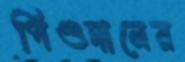
পিণ্ডদানের